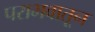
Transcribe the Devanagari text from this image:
पराभवातून